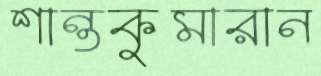
শান্তকুমারান